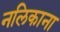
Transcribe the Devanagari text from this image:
नलिकाना